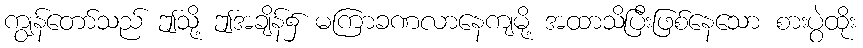
ကျွန်တော်သည် ဤသို့ ဤအချိန်၌ မကြာခဏလာနေကျမို့ အထာသိပြီးဖြစ်နေသော စားပွဲထိုး